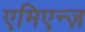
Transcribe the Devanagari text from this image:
एमिएन्ज़